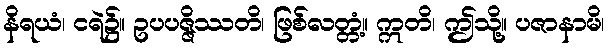
နိရယံ၊ ငရဲ၌။ ဥပပဇ္ဇိဿတိ၊ ဖြစ်လတ္တံ့။ ဣတိ၊ ဤသို့။ ပဇာနာမိ၊